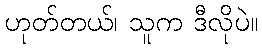
ဟုတ်တယ်၊ သူက ဒီလိုပဲ။